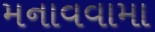
મનાવવામા